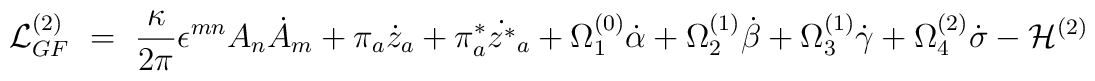
{\cal L}^{(2)}_{GF}~=~ \frac{\kappa}{2 \pi} \epsilon^{mn} A_n {\dot A}_m                   + \pi_a {\dot z}_a + \pi^*_a \dot{z^*}_a                   + \Omega^{(0)}_1 \dot{\alpha}                   + \Omega^{(1)}_2 \dot{\beta}                  + \Omega^{(1)}_3 \dot{\gamma}                  + \Omega^{(2)}_4 \dot{\sigma} - {\cal H}^{(2)}